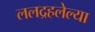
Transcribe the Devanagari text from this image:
ललद्रहलेल्या